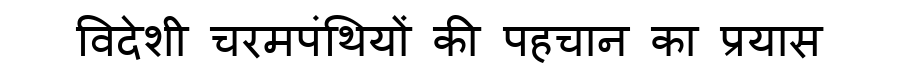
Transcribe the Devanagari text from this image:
विदेशी चरमपंथियों की पहचान का प्रयास